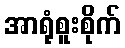
အာရုံစူးစိုက်